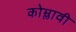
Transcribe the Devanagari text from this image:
कोम्लावी